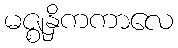
မဇ္ဈနှိကကာလေ